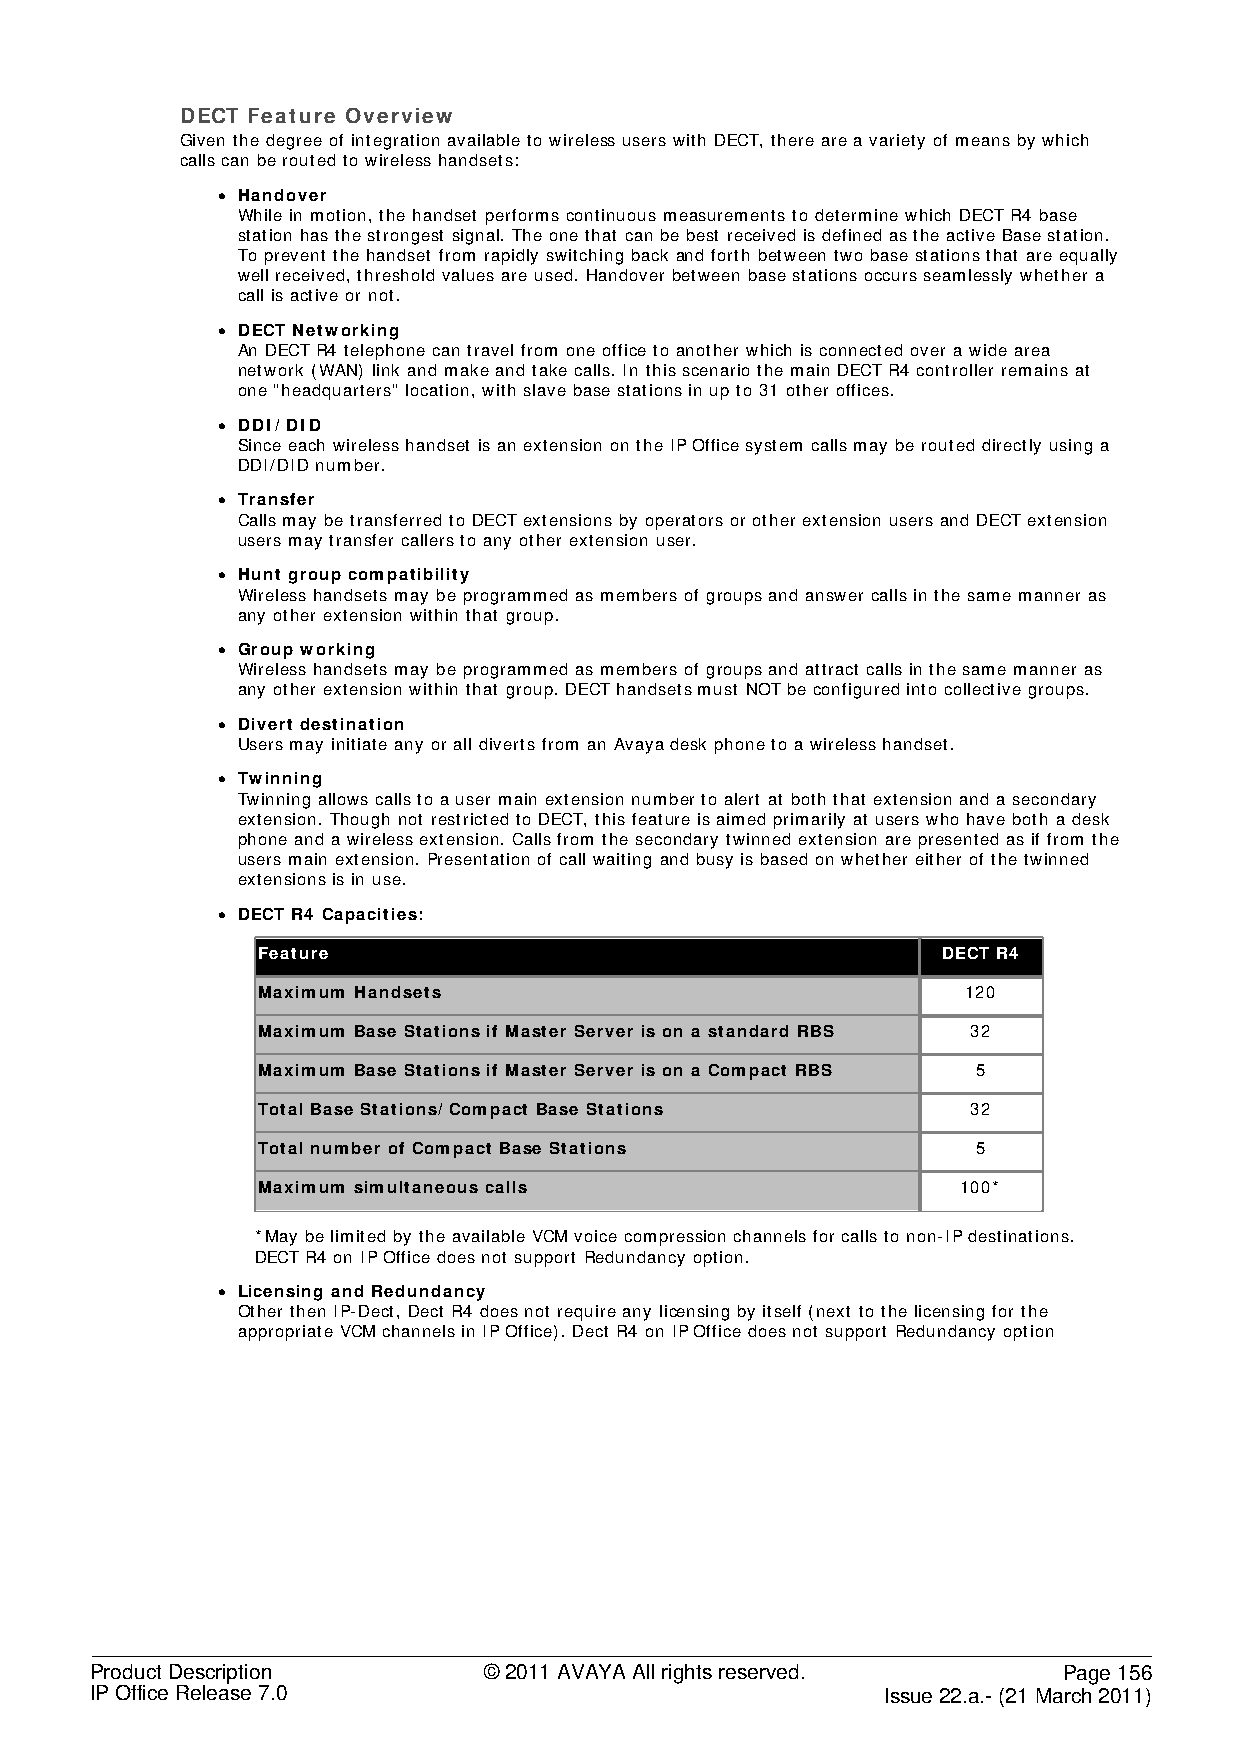
DECT Feature Overview
 Given the degree of integration available to wireless users with DECT, there are a variety of means by which
 calls can be routed to wireless handsets:
 • Handover
 While in motion, the handset performs continuous measurements to determine which DECT R4 base
 station has the strongest signal. The one that can be best received is defined as the active Base station.
 To prevent the handset from rapidly switching back and forth between two base stations that are equally
 well received, threshold values are used. Handover between base stations occurs seamlessly whether a
 call is active or not.
 • DECT Networking
 An DECT R4 telephone can travel from one office to another which is connected over a wide area
 network (WAN) link and make and take calls. In this scenario the main DECT R4 controller remains at
 one "headquarters" location, with slave base stations in up to 31 other offices.
 • DDI/ DID
 Since each wireless handset is an extension on the IP Office system calls may be routed directly using a
 DDI/DID number.
 • Transfer
 Calls may be transferred to DECT extensions by operators or other extension users and DECT extension
 users may transfer callers to any other extension user.
 • Hunt group compatibility
 Wireless handsets may be programmed as members of groups and answer calls in the same manner as
 any other extension within that group.
 • Group working
 Wireless handsets may be programmed as members of groups and attract calls in the same manner as
 any other extension within that group. DECT handsets must NOT be configured into collective groups.
 • Divert destination
 Users may initiate any or all diverts from an Avaya desk phone to a wireless handset.
 • Twinning
 Twinning allows calls to a user main extension number to alert at both that extension and a secondary
 extension. Though not restricted to DECT, this feature is aimed primarily at users who have both a desk
 phone and a wireless extension. Calls from the secondary twinned extension are presented as if from the
 users main extension. Presentation of call waiting and busy is based on whether either of the twinned
 extensions is in use.
 • DECT R4 Capacities:
 Feature                                      DECT R4
 Maximum Handsets                               120
 Maximum Base Stations if Master Server is on a standard RBS 32
 Maximum Base Stations if Master Server is on a Compact RBS 5
 Total Base Stations/ Compact Base Stations     32
 Total number of Compact Base Stations           5
 Maximum simultaneous calls                     100*
 *May be limited by the available VCM voice compression channels for calls to non-IP destinations.
 DECT R4 on IP Office does not support Redundancy option.
 • Licensing and Redundancy
 Other then IP-Dect, Dect R4 does not require any licensing by itself (next to the licensing for the
 appropriate VCM channels in IP Office). Dect R4 on IP Office does not support Redundancy option
 Product Description       © 2011 AVAYA All rights reserved.     Page 156
 IP Office Release 7.0                                Issue 22.a.- (21 March 2011)